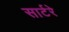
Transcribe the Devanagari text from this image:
सार्टरे